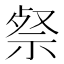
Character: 𮁹